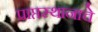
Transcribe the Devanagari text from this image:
प्राप्तस्थानाचे